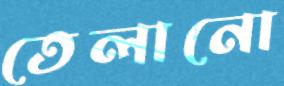
তেলানো